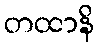
တထာနိ